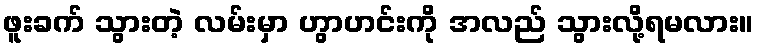
ဖူးခက် သွားတဲ့ လမ်းမှာ ဟွာဟင်းကို အလည် သွားလို့ရမလား။